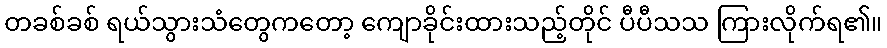
တခစ်ခစ် ရယ်သွားသံတွေကတော့ ကျောခိုင်းထားသည့်တိုင် ပီပီသသ ကြားလိုက်ရ၏။